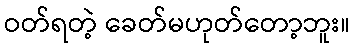
ဝတ်ရတဲ့ ခေတ်မဟုတ်တော့ဘူး။